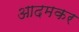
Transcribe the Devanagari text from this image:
आदमकर